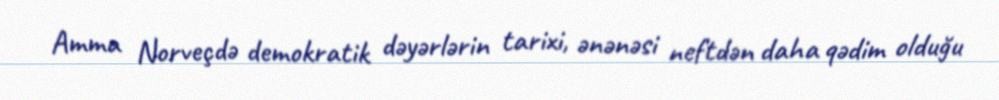
Amma Norveçdə demokratik dəyərlərin tarixi, ənənəsi neftdən daha qədim olduğu